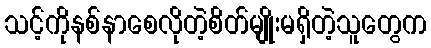
သင့်ကိုနစ်နာစေလိုတဲ့စိတ်မျိုးမရှိတဲ့သူတွေက